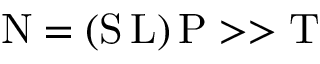
\mathrm { N } = ( \mathrm { S } \, \mathrm { L } ) \, \mathrm { P } > > \mathrm { T }